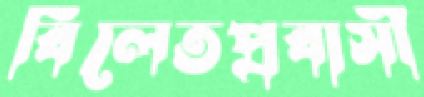
বিলেতপ্রবাসী